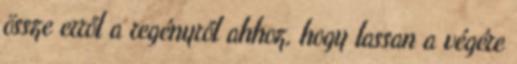
össze erről a regényről ahhoz, hogy lassan a végére